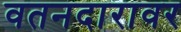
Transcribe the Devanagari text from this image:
वतनदारावर